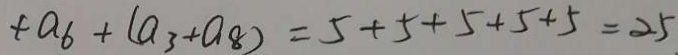
+ a _ { 6 } + ( a _ { 3 } + a _ { 8 } ) = 5 + 5 + 5 + 5 + 5 = 2 5